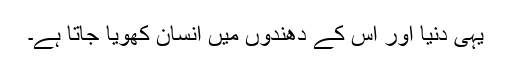
یہی دنیا اور اس کے دھندوں میں انسان کھویا جاتا ہے۔